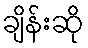
ချိန်းဆို